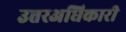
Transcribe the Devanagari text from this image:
उत्तरअधिकारी